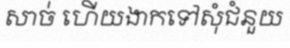
សាច់ ហើយងាកទៅសុំជំនួយ